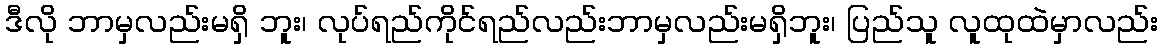
ဒီလို ဘာမှလည်းမရှိ ဘူး၊ လုပ်ရည်ကိုင်ရည်လည်းဘာမှလည်းမရှိဘူး၊ ပြည်သူ လူထုထဲမှာလည်း